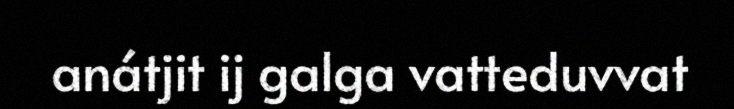
anátjit ij galga vatteduvvat